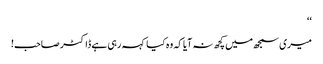
‘‘
میری سمجھ میں کچھ نہ آیا کہ وہ کیا کہہ رہی ہے ڈاکٹر صاحب!